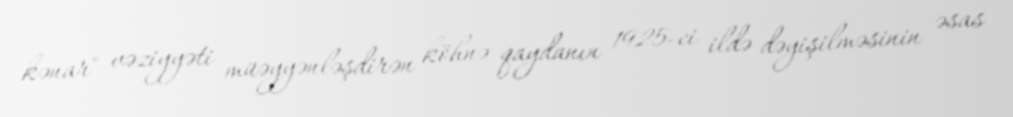
kənar" vəziyyəti müəyyənləşdirən köhnə qaydanın 1925-ci ildə dəyişilməsinin əsas